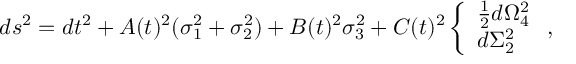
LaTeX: d s ^ { 2 } = d t ^ { 2 } + A ( t ) ^ { 2 } ( \sigma _ { 1 } ^ { 2 } + \sigma _ { 2 } ^ { 2 } ) + B ( t ) ^ { 2 } \sigma _ { 3 } ^ { 2 } + C ( t ) ^ { 2 } \left\{ \begin{array} { l } { { { \frac { 1 } { 2 } } d \Omega _ { 4 } ^ { 2 } } } \\ { { d \Sigma _ { 2 } ^ { 2 } } } \end{array} \right. ,